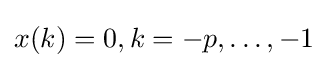
x(k)=0,k=-p,\dots ,-1